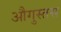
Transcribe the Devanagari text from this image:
औगुस्तस